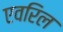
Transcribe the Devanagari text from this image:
एवरिल